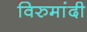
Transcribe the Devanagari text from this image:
विरुमांदी